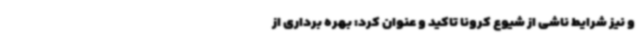
و نیز شرایط ناشی از شیوع کرونا تاکید و عنوان کرد: بهره برداری از